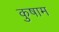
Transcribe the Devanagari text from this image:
कुषाम